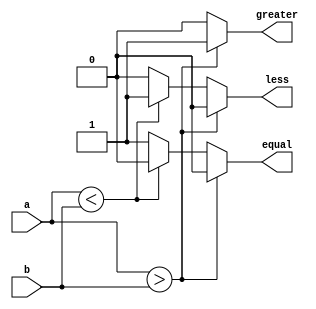
`timescale 1ns / 1ps
//////////////////////////////////////////////////////////////////////////////////
// Company: 
// Engineer: 
// 
// Design Name: 
// Module Name: Comparator
// Project Name: 
// Target Devices: 
// Tool Versions: 
// Description: 
// 
// Dependencies: 
// 
// Revision:
// Revision 0.01 - File Created
// Additional Comments:
// 
//////////////////////////////////////////////////////////////////////////////////


module Comparator(
input [7:0]a,
input [7:0]b,
output reg less,greater,equal
);

always@(a or b)
begin
if(a > b)
begin
greater = 1;
less =0;
equal = 0;
end

else if(a<b)
begin
less = 1;
greater = 0;
equal = 0;
end

else
begin
equal = 1;
less = 0;
greater = 0;
end

end
endmodule